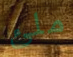
ملئ